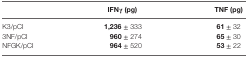
<table><thead><tr><td></td><td><b>IFNγ (pg)</b></td><td><b>TNF (pg)</b></td></tr></thead><tbody><tr><td>K3/pCI</td><td><b>1,236</b> ± 333</td><td><b>61</b> ± 32</td></tr><tr><td>3NF/pCI</td><td><b>960</b> ± 274</td><td><b>65</b> ± 30</td></tr><tr><td>NFGK/pCI</td><td><b>964</b> ± 520</td><td><b>53</b> ± 22</td></tr></tbody></table>